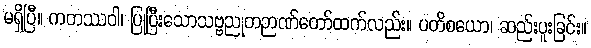
မရှိပြီ။ ကတဿဝါ၊ ပြုပြီးသောသဗ္ဗညုတဉာဏ်တော်ထက်လည်း။ ပတိစယော၊ ဆည်းပူးခြင်း။